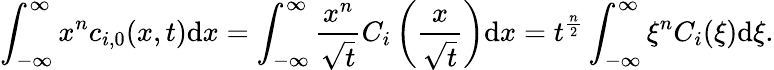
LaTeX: \int_{-\infty}^{\infty}x^{n}c_{i,0}(x,t)\mathrm{d}x=\int_{-\infty}^{\infty}\frac{x^{n}}{\sqrt{t}}C_{i}\left(\frac{x}{\sqrt{t}}\right)\mathrm{d}x=t^{\frac{n}{2}}\int_{-\infty}^{\infty}\xi^{n}C_{i}(\xi)\mathrm{d}\xi.